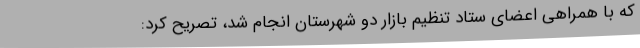
که با همراهی اعضای ستاد تنظیم بازار دو شهرستان انجام شد، تصریح کرد: